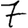
Digit: 7